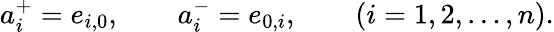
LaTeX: a_{i}^{+}=e_{i,0},\qquad a_{i}^{-}=e_{0,i},\qquad(i=1,2,\ldots,n).